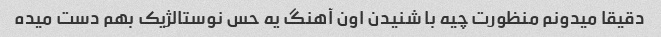
دقیقا میدونم منظورت چیه با شنیدن اون آهنگ یه حس نوستالژیک بهم دست میده